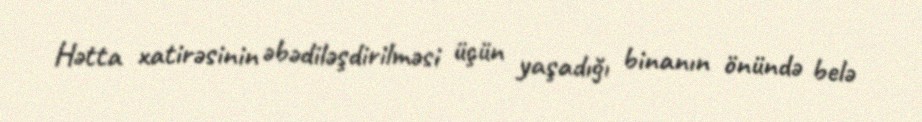
Hətta xatirəsinin əbədiləşdirilməsi üçün yaşadığı binanın önündə belə